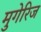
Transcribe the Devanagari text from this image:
मुगेरिज